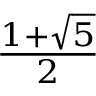
\textstyle { \frac { 1 + { \sqrt { 5 } } } { 2 } }